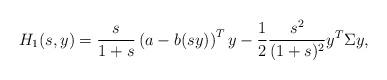
LaTeX: \begin{align*}H_1(s,y) = \frac{s}{1+s} \left(a - b(sy)\right)^T y - \frac{1}{2} \frac{s^2}{(1+s)^2} y^T \Sigma y,\end{align*}